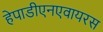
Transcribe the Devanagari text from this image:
हेपाडीएनएवायरस